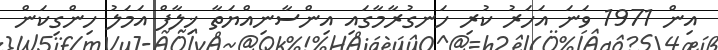
އިން 1971 ވަނަ އަހަރު ކުރި ހަނގުރާމާގައި އިންސާނިއްޔަތާ ޚިލާފް އަމަލު ހިންގިކަން